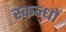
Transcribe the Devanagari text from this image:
स्कन्धों